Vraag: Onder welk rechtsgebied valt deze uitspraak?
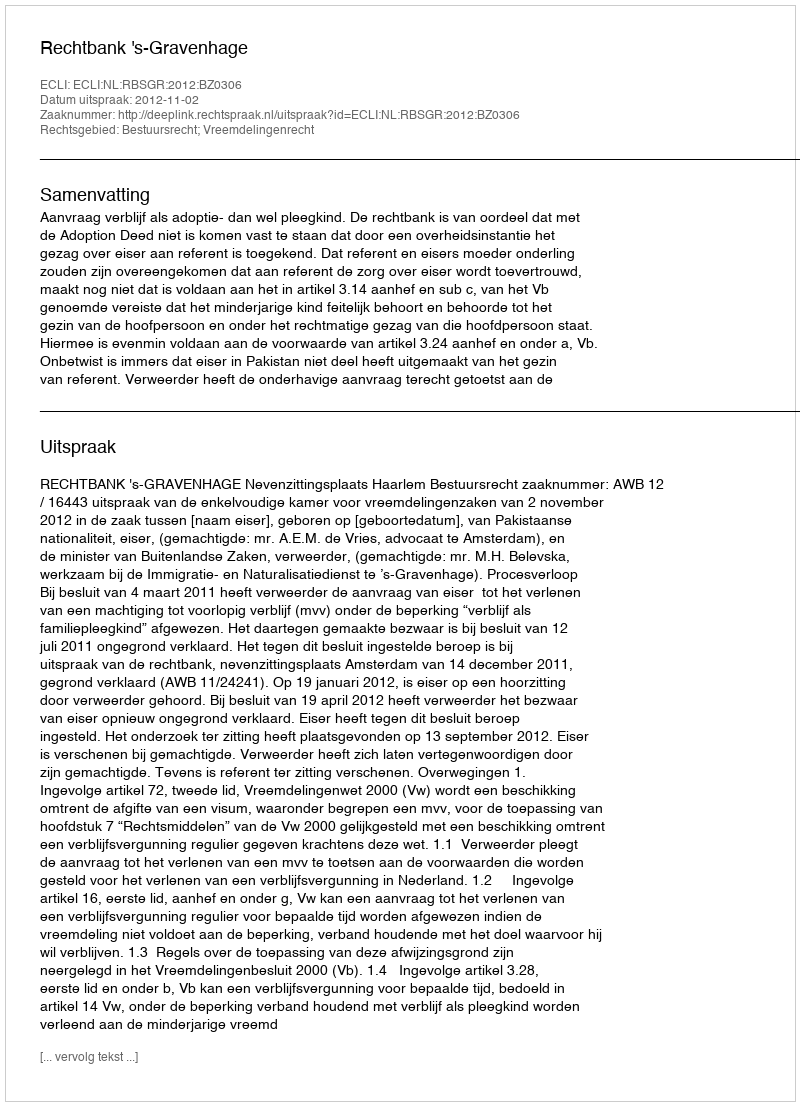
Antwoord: Bestuursrecht; Vreemdelingenrecht